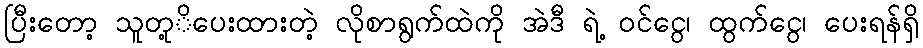
ပြီးတော့ သူတု့ိပေးထားတဲ့ လိုစာရွက်ထဲကို အဲဒီ ရဲ့ ဝင်ငွေ၊ ထွက်ငွေ၊ ပေးရန်ရှိ